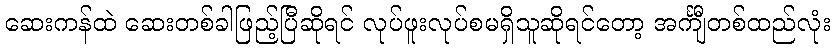
ဆေးကန်ထဲ ဆေးတစ်ခါဖြည့်ပြီဆိုရင် လုပ်ဖူးလုပ်စမရှိသူဆိုရင်တော့ အင်္ကျီတစ်ထည်လုံး